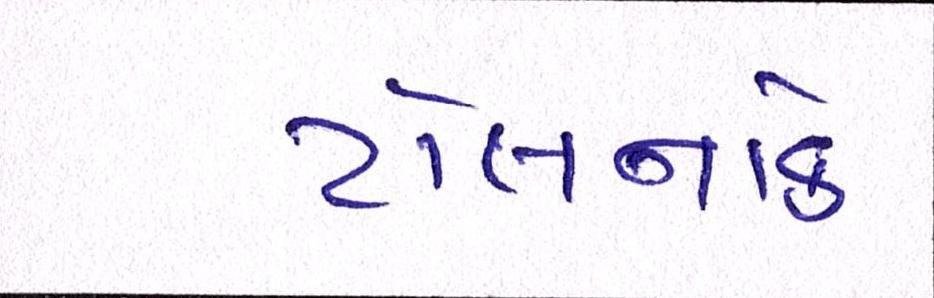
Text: ટોલનાકે